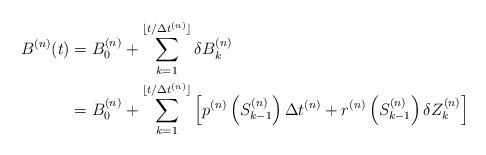
LaTeX: \begin{align*}B^{(n)}(t)&=B_0^{(n)}+\sum_{k=1}^{\lfloor t/\Delta t^{(n)}\rfloor}\delta B_k^{(n)} \\&=B_0^{(n)}+\sum_{k=1}^{\lfloor t/\Delta t^{(n)}\rfloor} \left[p^{(n)}\left(S^{(n)}_{k-1}\right)\Delta t^{(n)}+r^{(n)}\left(S^{(n)}_{k-1}\right)\delta Z^{(n)}_k\right]\end{align*}